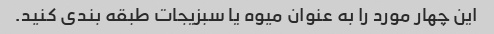
این چهار مورد را به عنوان میوه یا سبزیجات طبقه بندی کنید.